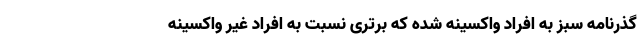
گذرنامه سبز به افراد واکسینه شده که برتری نسبت به افراد غیر واکسینه